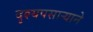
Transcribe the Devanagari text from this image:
दृश्यपसार्‍याने